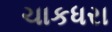
ચાકધરા